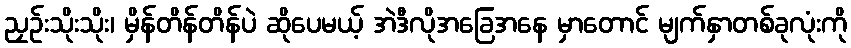
ညှဉ်းသိုးသိုး၊ မှိန်တိန်တိန်ပဲ ဆိုပေမယ့် အဲဒီလိုအခြေအနေ မှာတောင် မျက်နှာတစ်ခုလုံးကို